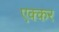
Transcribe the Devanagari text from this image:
एक्कर